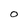
Character: 0